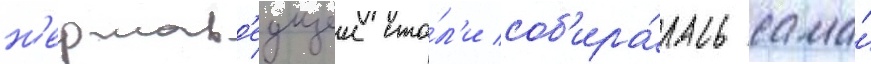
н'ержав'еущеи ста́л'и соб'ира́лась сама́